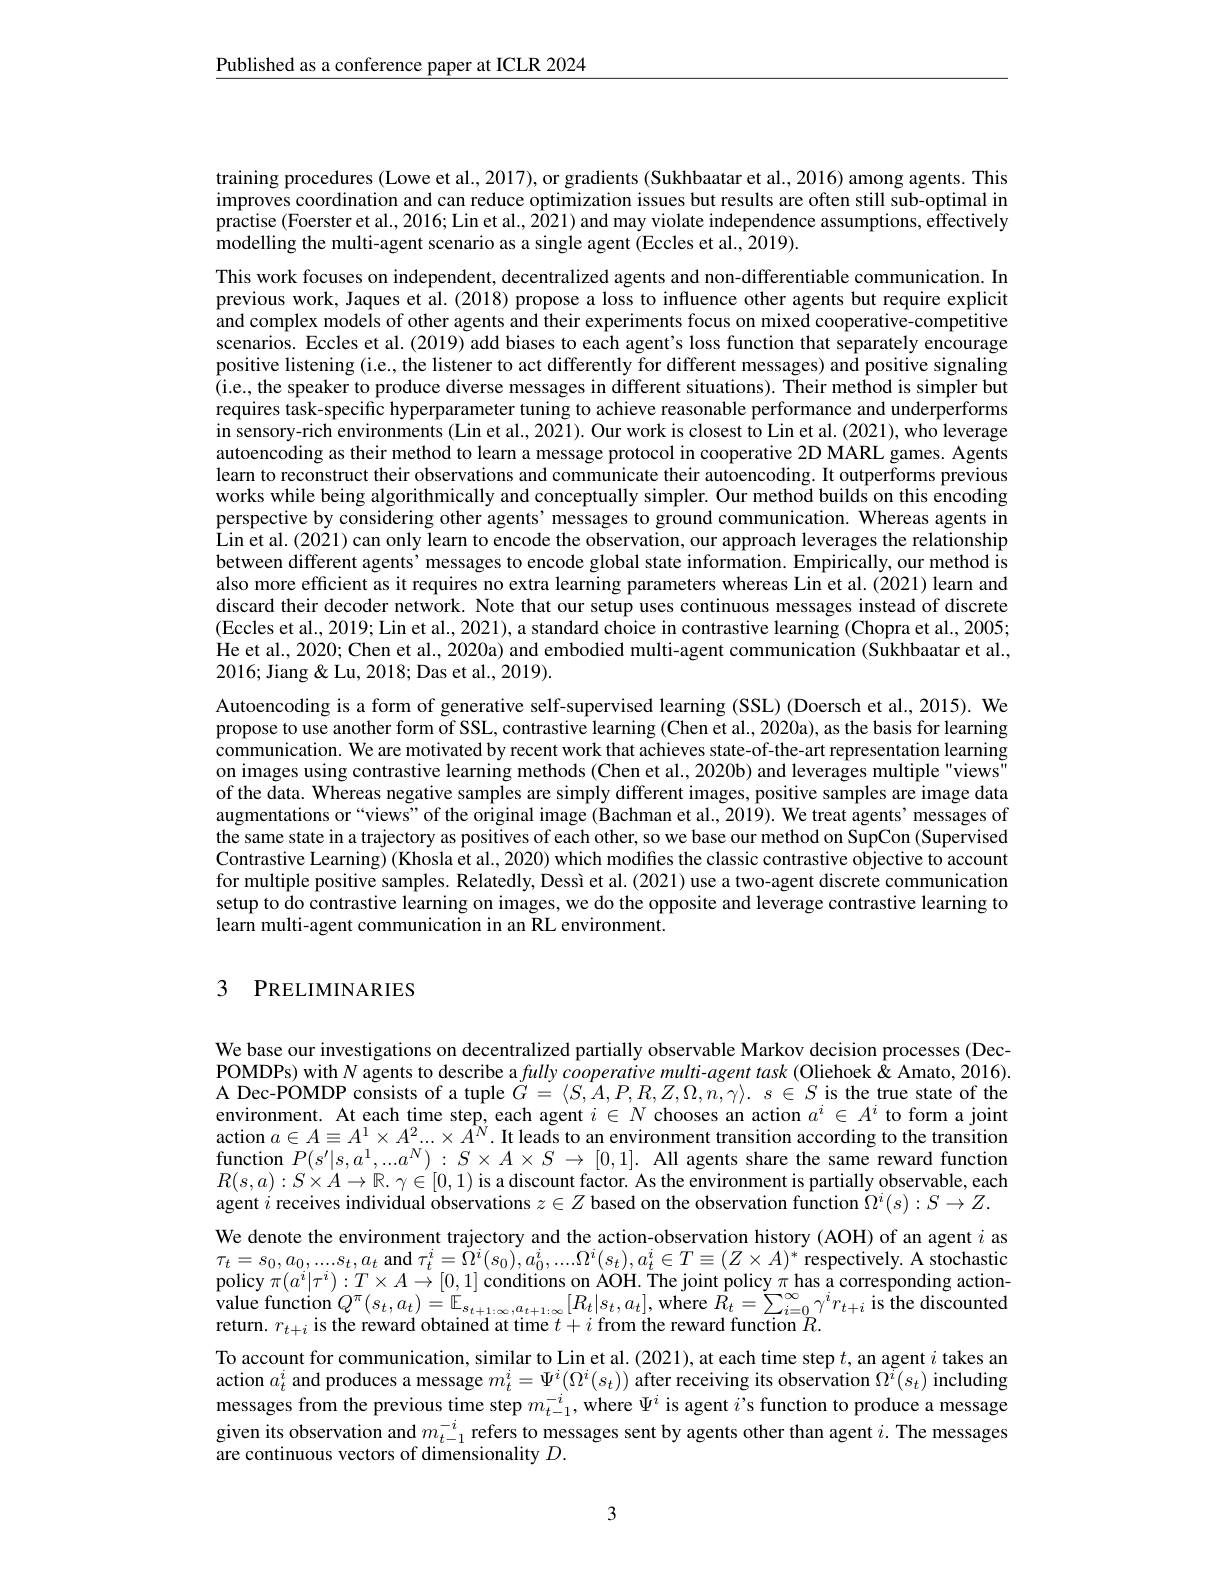
$\underline{\text{Published as a conference paper at ICLR 2024}}$

training procedures (Lowe et al., 2017), or gradients (Sukhbaatar et al., 2016) among agents. This improves coordination and can reduce optimization issues but results are often still sub-optimal in practise (Foerster et al., 2016; Lin et al., 2021) and may violate independence assumptions, effectively modelling the multi-agent scenario as a single agent (Eccles et al., 2019).

This work focuses on independent, decentralized agents and non-differentiable communication. In previous work, Jaques et al. (2018) propose a loss to influence other agents but require explicit and complex models of other agents and their experiments focus on mixed cooperative-competitive scenarios. Eccles et al. (2019) add biases to each agent's loss function that separately encourage positive listening (i.e., the listener to act differently for different messages) and positive signaling (i.e., the speaker to produce diverse messages in different situations). Their method is simpler but requires task-specific hyperparameter tuning to achieve reasonable performance and underperforms in sensory-rich environments (Lin et al., 2021). Our work is closest to Lin et al. (2021), who leverage autoencoding as their method to learn a message protocol in cooperative 2D MARL games. Agents learn to reconstruct their observations and communicate their autoencoding. It outperforms previous works while being algorithmically and conceptually simpler. Our method builds on this encoding perspective by considering other agents' messages to ground communication. Whereas agents in Lin et al. (2021) can only learn to encode the observation, our approach leverages the relationship between different agents’messages to encode global state information. Empirically, our method is also more efficient as it requires no extra learning parameters whereas Lin et al.(2021) learn and discard their decoder network. Note that our setup uses continuous messages instead of discrete (Eccles et al., 2019; Lin et al., 2021), a standard choice in contrastive learning (Chopra et al., 2005; He et al., 2020; Chen et al., 2020a) and embodied multi-agent communication (Sukhbaatar et al., 2016; Jiang & Lu, 2018; Das et al., 2019).
Autoencoding is a form of generative self-supervised learning (SSL) (Doersch et al., 2015). We propose to use another form of SSL, contrastive learning (Chen et al., 2020a), as the basis for learning communication. We are motivated by recent work that achieves state-of-the-art representation learning on images using contrastive learning methods (Chen et al., 2020b) and leverages multiple"views" of the data. Whereas negative samples are simply different images, positive samples are image data augmentations or“views”of the original image (Bachman et al., 2019). We treat agents’ messages of the same state in a trajectory as positives of each other, so we base our method on SupCon (Supervised Contrastive Learning) (Khosla et al., 2020) which modifies the classic contrastive objective to account for multiple positive samples. Relatedly, Dessì et al. (2021) use a two-agent discrete communication setup to do contrastive learning on images, we do the opposite and leverage contrastive learning to learn multi-agent communication in an RL environment.

### 3 PRELIMINARIES

We base our investigations on decentralized partially observable Markov decision processes (DecPOMDPs) with $N$ agents to describe a fully cooperative multi-agent task (Oliehoek&Amato,2016). A Dec-POMDP consists of a tuple $G=\langle S,A,P,R,Z,\Omega,n,\gamma\rangle.$ $s\in S$ is the true state of the environment. At each time step, each agent $i\in N$ chooses an action $a^i\in A^i$ to form a joint action $a\in A\equiv A^1\times A^2...\times A^N.$ It leads to an environment transition according to the transition function $P(s^\prime|s,a^1,...a^N):S\times A\times S\to[0,1].$ All agents share the same reward function $R(s,a):S\times A\to\mathbb{R}.\gamma\in[0,1)$ is a discount factor. As the environment is partially observable, each agent $i$ receives individual observations $z\in Z$ based on the observation function $\Omega^i(s):S\to Z.$ We denote the environment trajectory and the action-observation history (AOH) of an agent $i$ as $\tau_{t}=s_{0},a_{0},....s_{t},a_{t}$ and $\tau_t^i=\tilde{\Omega}^{i}(s_{0}),a_{0}^{i},....\Omega^{i}(s_{t}),a_{t}^{i}\in T\equiv(Z\times A)^{*}$ respectively. A stochastic $\begin{array}{l}\text{policy }\pi(a^{i}|\tau^{i}):T\times A\to[0,1]\text{ conditions on AOH. The joint policy }\pi\text{has a corresponding action-}\\\text{value function }Q^{\pi}(s_{t},a_{t})=\mathbb{E}_{s_{t+1:\infty},a_{t+1:\infty}}[R_{t}|s_{t},a_{t}],\mathrm{where~}R_{t}=\sum_{i=0}^{\infty}\gamma^{i}r_{t+i}\text{ is the discounted}\\\text{retur}\end{array}$ To account for communication, similar to Lin et al. (2021), at each time step $t$, an agent $i$ takes an action $a_t^i$ and produces a message $m_t^i=\Psi^i(\Omega^i(s_t))$ after receiving its observation $\Omega^i(s_t)$ including messages from the previous time step $m_{t-1}^{-i}$, where $\Psi^i$ is agent $i$ s function to produce a message given its observation and $m_{t-1}^{-i}$ refers to messages sent by agents other than agent $i.$ The messages are continuous vectors of dimensionality $D.$

3